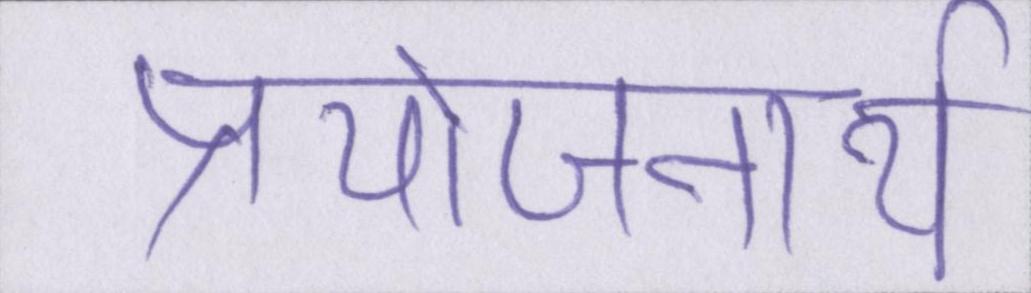
प्रयोजनार्थ